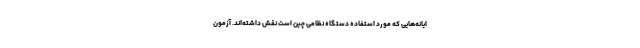
ایانه‌هایی که مورد استفاده دستگاه نظامی چین است نقش داشته‌اند. آزمون